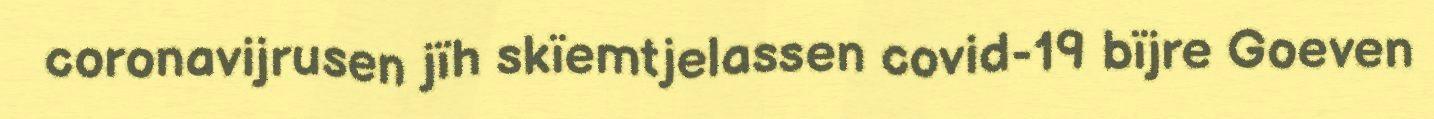
coronavijrusen jïh skïemtjelassen covid-19 bïjre Goeven